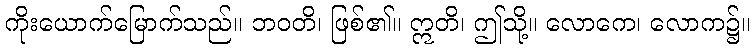
ကိုးယောက်မြောက်သည်။ ဘဝတိ၊ ဖြစ်၏။ ဣတိ၊ ဤသို့။ လောကေ၊ လောက၌။